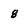
Character: 8